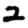
Digit: 2